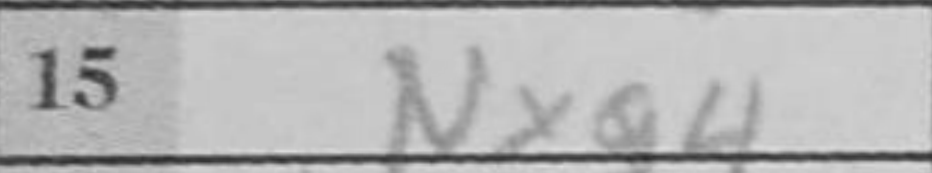
Transcription: Nxg4